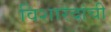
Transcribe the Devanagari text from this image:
विशारदांची